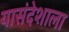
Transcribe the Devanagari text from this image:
यासंदेशाला